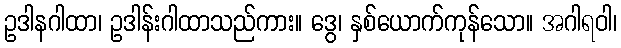
ဥဒါနဂါထာ၊ ဥဒါန်းဂါထာသည်ကား။ ဒွေ၊ နှစ်ယောက်ကုန်သော။ အဂါရဝါ၊